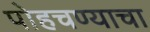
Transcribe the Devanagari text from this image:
पोहचण्याचा